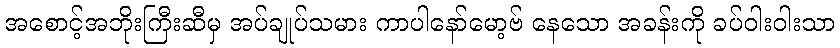
အစောင့်အဘိုးကြီးဆီမှ အပ်ချုပ်သမား ကာပါနော်မော့ဗ် နေသော အခန်းကို ခပ်ဝါးဝါးသာ